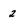
Character: 2